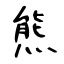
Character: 熊